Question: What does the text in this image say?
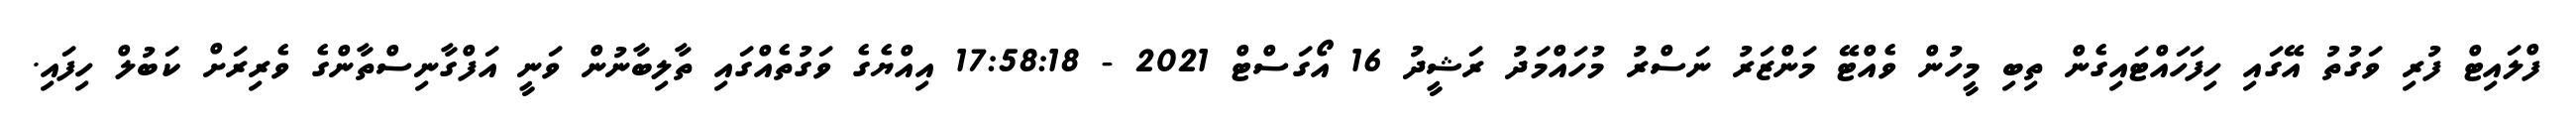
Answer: ފްލައިޓް ފުރި ވަގުތު އޭގައި ހިފަހައްޓައިގެން ތިބި މީހުން ވެއްޓޭ މަންޒަރު ނަސްރު މުހައްމަދު ރަޝީދު 16 އޯގަސްޓް 2021 - 17:58:18 އިއްޔެގެ ވަގުތެއްގައި ތާލިބާނުން ވަނީ އަފްގާނިސްތާންގެ ވެރިރަށް ކަބުލް ހިފައި.